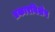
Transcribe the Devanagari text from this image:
प्रकारविशेष